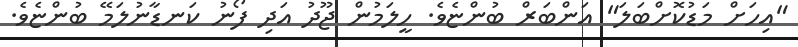
"އިހަށް މަޑުކޮށްބަލަ" އަންބަރް ބުންޏެވެ. ހީލަމުން ޖޫދު އަދި ފޯނު ކަނޑާނުލަމޭ ބުންޏެވެ.